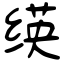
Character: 绬